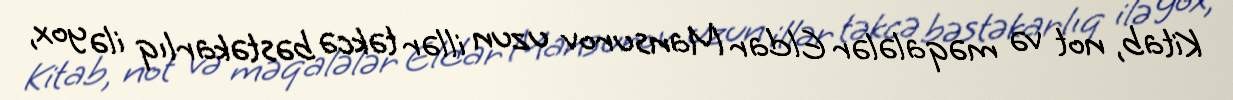
Kitab, not və məqalələr Eldar Mansurov uzun illər təkcə bəstəkarlıq ilə yox,